Leaving Certificate, 1897
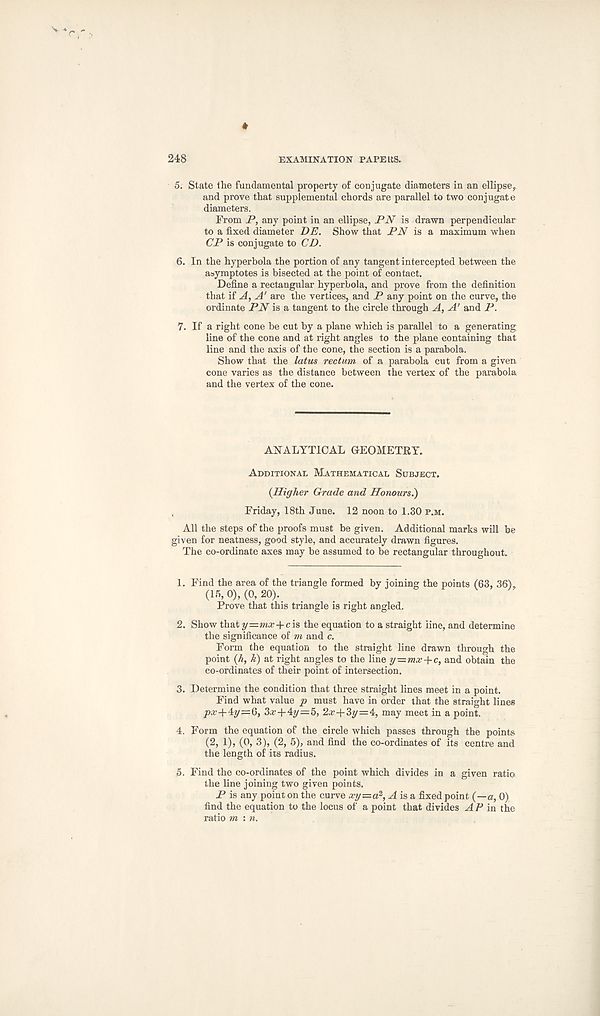
248
EXAMINATION PAPE US.
5. State the fundamental property of conjugate diameters in an ellipse,.
and prove that supplemental chords are parallel to two conjugate
diameters.
From P, any point in an ellipse, PN is drawn perpendicular
to a fixed diameter DE. Show that PN is a maximum when
CP is conjugate to CD.
6. In the hyperbola the portion of any tangent intercepted between the
asymptotes is bisected at the point of contact.
Define a rectangular hyperbola, and prove from the definition
that if A, A' are the vertices, and P any point on the curve, the
ordinate PN is a tangent to the circle through A, A' and P.
7. If a right cone be cut by a plane which is parallel to a generating
line of the cone and at right angles to the plane containing that
line and the axis of the cone, the section is a parabola.
Show that the latus rectum, of a parabola cut from a given
cone varies as the distance between the vertex of the parabola
and the vertex of the cone.
ANALYTICAL GEOMETRY.
Additional Mathematical Subject.
{Higher Grade and Honours.)
Friday, 18th June. 12 noon to 1.30 p.m.
All the steps of the proofs must be given. Additional marks will be
given for neatness, good style, and accurately drawn figures.
The co-ordinate axes may be assumed to be rectangular throughout.
1. Find the area of the triangle formed by joining the points (63, 36),
(15, 0), (0, 20).
Prove that this triangle is right angled.
2. Show that y=jw;r + cis the equation to a straight line, and determine
the significance of m and c.
Form the equation to the straight line drawn through the
point {h, k) at right angles to the line y~mx+c, and obtain the
co-ordinates of their point of intersection.
3. Determine the condition that three straight lines meet in a point.
Find what value p must have in order that the straight lines
/>a?+4y=6, 3#+4y=5, 2a;+3y=4, may meet in a point.
4. Form the equation of the circle which passes through the points
(2, 1), (0, 3), (2, 5), and find the co-ordinates of its centre and
the length of its radius.
, 5. Find the co-ordinates of the point which divides in a given ratio
the line joining two given points.
P is any point on the curve xy—a 2 , A is a fixed point (—a, 0)
find the equation to the locus of a point that divides AP in the
ratio m : n.